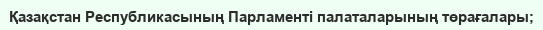
Қазақстан Республикасының Парламенті палаталарының төрағалары;